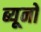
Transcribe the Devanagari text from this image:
ब्यूनो